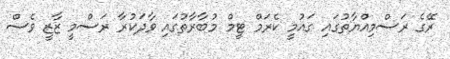
ރޭގެ ރަސްމިއްޔާތުގައި ގައުމީ ކެރަމް ޓީމް މުބާރާތުގައި ވާދަކުރާ ރަސްމީ ޒާޒީ ވެސް